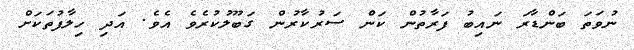
ނުވަތަ ބަންޑާރަ ނައިބު ފަރާތުން ކަން ސަރުކާރުން ގަބޫލުކުރެވެ އެވެ. އަދި ހިލާފުތަކަށް